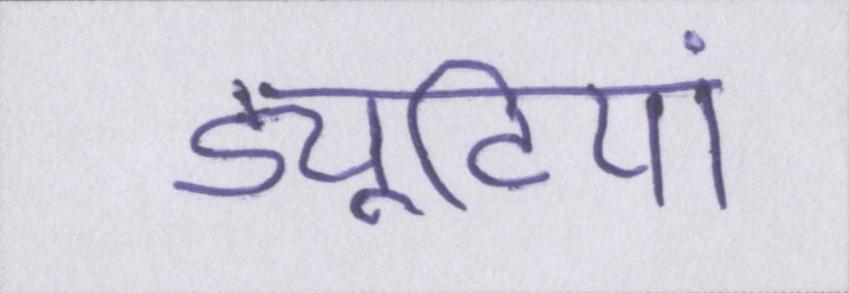
ड्यूटियां